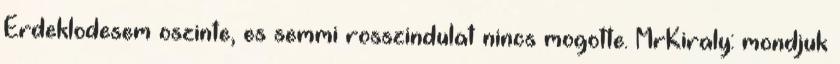
Erdeklodesem oszinte, es semmi rosszindulat nincs mogotte. MrKiraly: mondjuk